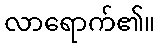
လာရောက်၏။